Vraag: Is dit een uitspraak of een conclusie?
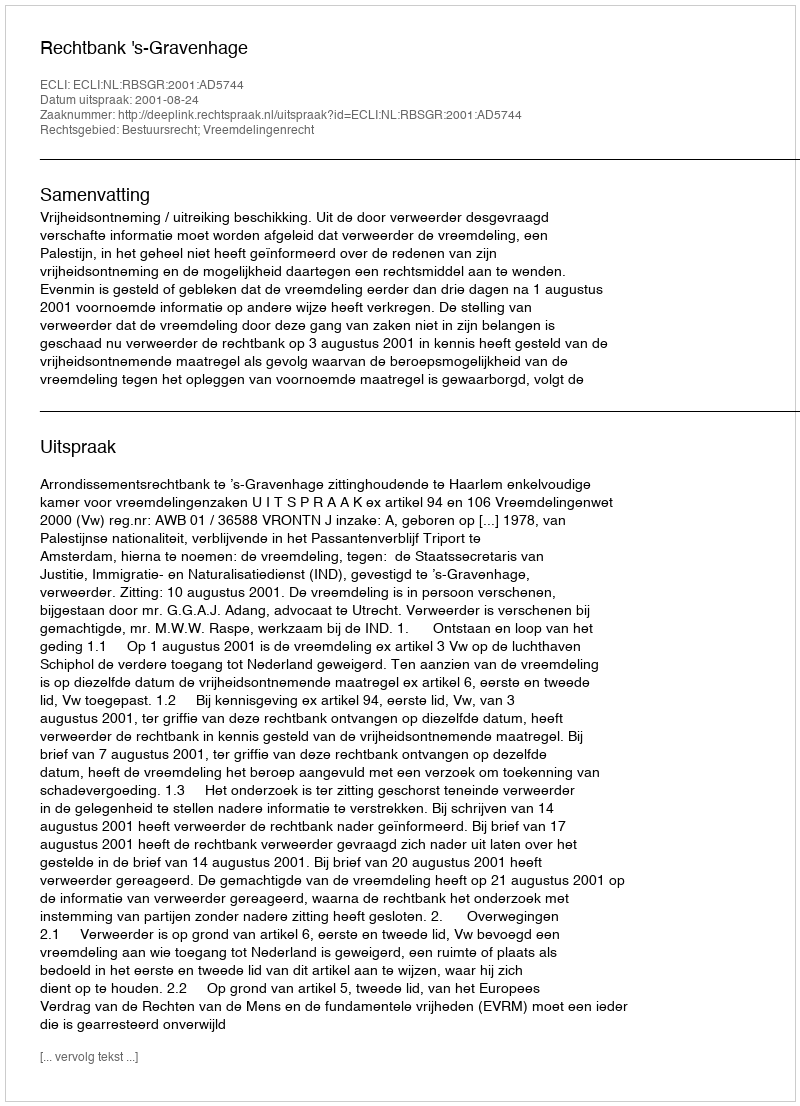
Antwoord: Uitspraak